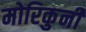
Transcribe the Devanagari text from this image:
मोरिकुनी